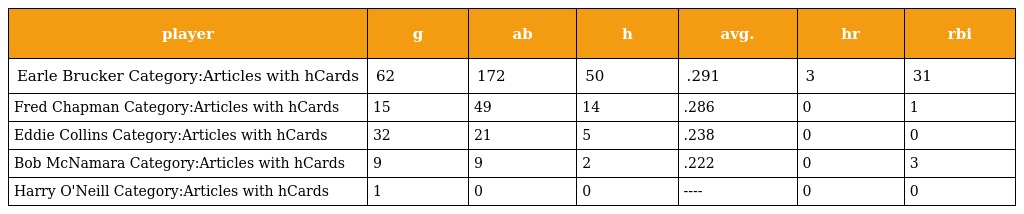
| player | g | ab | h | avg. | hr | rbi |
 | --- | --- | --- | --- | --- | --- | --- |
 | Earle Brucker Category:Articles with hCards | 62 | 172 | 50 | .291 | 3 | 31 |
 | Fred Chapman Category:Articles with hCards | 15 | 49 | 14 | .286 | 0 | 1 |
 | Eddie Collins Category:Articles with hCards | 32 | 21 | 5 | .238 | 0 | 0 |
 | Bob McNamara Category:Articles with hCards | 9 | 9 | 2 | .222 | 0 | 3 |
 | Harry O'Neill Category:Articles with hCards | 1 | 0 | 0 | ---- | 0 | 0 |